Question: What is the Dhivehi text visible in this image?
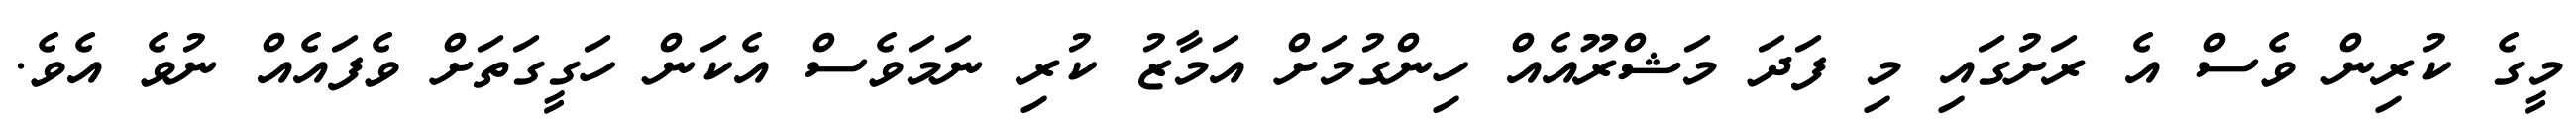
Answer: މީގެ ކުރިން ވެސް އެ ރަށުގައި މި ފަދަ މަޝްރޫއެއް ހިންގުމަށް އަމާޒު ކުރި ނަމަވެސް އެކަން ހަގީގަތަށް ވެފައެއް ނުވެ އެވެ.